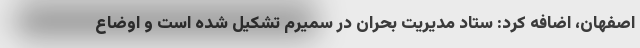
اصفهان، اضافه کرد: ستاد مدیریت بحران در سمیرم تشکیل شده است و اوضاع